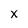
Character: X